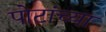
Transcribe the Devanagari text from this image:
पोटांच्या